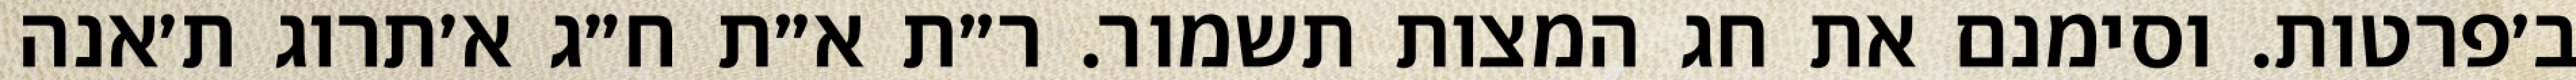
ב׳פרטות. וסימנם את חג המצות תשמור. ר״ת א״ת ח״ג א׳תרוג ת׳אנה